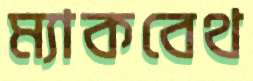
ম্যাকবেথ